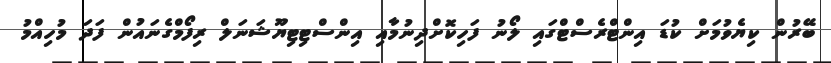
ބޭރުން ކިޔެވުމަށް ކުޑަ އިންޓްރެސްޓްގައި ލޯނު ފަހިކޮށްދިނުމާއި އިންސްޓިޓިޔޫޝަނަލް ރިފޯމްގެނައުން ފަދަ މުހިއްމު